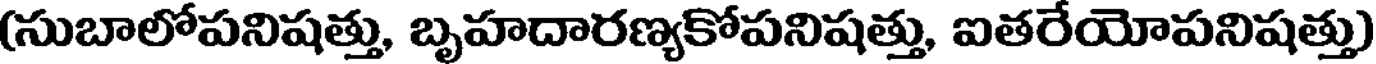
(సుబాలోపనిషత్తు, బృహదారణ్యకోపనిషత్తు, ఐతరేయోపనిషత్తు)